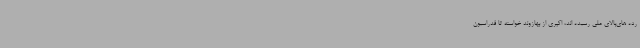
رده های‌بالای ملی رسیده اند، اکبری از بهازوند خواسته تا فدراسیون